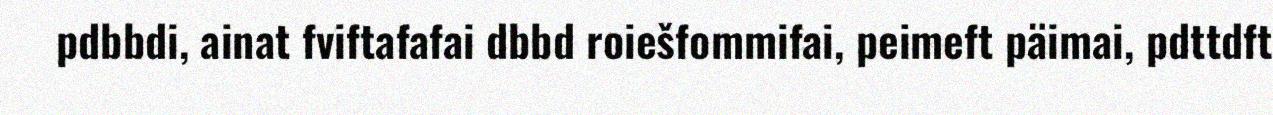
pdbbdi, ainat fviftafafai dbbd roiešfommifai, peimeft päimai, pdttdft